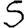
Digit: 5